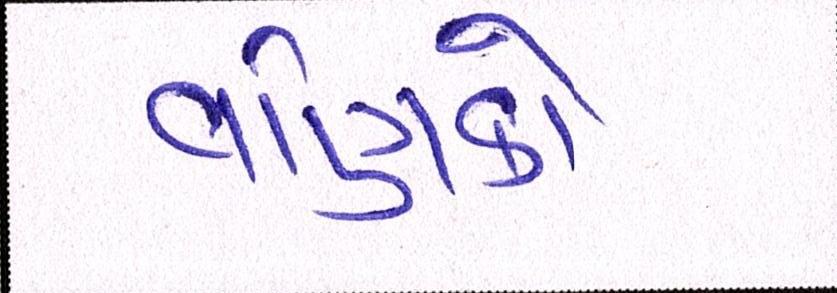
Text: વણિકો